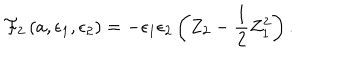
LaTeX: { \cal F } _ { 2 } \left( a , \epsilon _ { 1 } , \epsilon _ { 2 } \right) = - \epsilon _ { 1 } \epsilon _ { 2 } \left( Z _ { 2 } - \frac { 1 } { 2 } Z _ { 1 } ^ { 2 } \right) .